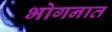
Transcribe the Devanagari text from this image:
भोगनात